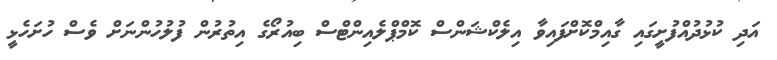
އަދި ކުޅުދުއްފުށީގައި ގާއިމްކޮށްފައިވާ އިލެކްޝަންސް ކޮމްޕްލެއިންޓްސް ބިއުރޯގެ އިތުރުން ފުލުހުންނަށް ވެސް ހުށަހެޅީ